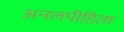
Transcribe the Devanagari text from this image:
अनलपीडिताः